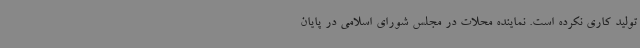
تولید کاری نکرده است. نماینده محلات در مجلس شورای اسلامی در پایان